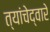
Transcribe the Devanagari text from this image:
त्यांचेद्वारे